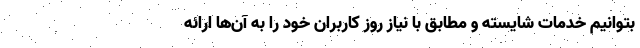
بتوانیم خدمات شایسته و مطابق با نیاز روز کاربران خود را به آن‌ها ارائه